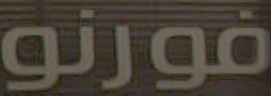
فورنو